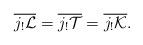
LaTeX: \begin{align*}\overline{j_!\mathcal L}=\overline{j_!\mathcal T}=\overline{j_!\mathcal K}.\end{align*}